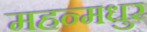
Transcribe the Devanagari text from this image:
महन्मधुर